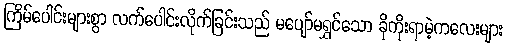
ကြိမ်ပေါင်းများစွာ လက်ပေါင်းလိုက်ခြင်းသည် မပျော်မရွှင်သော ခိုကိုးရာမဲ့ကလေးများ